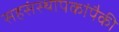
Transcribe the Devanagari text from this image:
सहसंस्थापकांपैकी